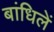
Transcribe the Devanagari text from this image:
बांधिलें